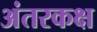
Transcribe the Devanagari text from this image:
अंतरकक्ष